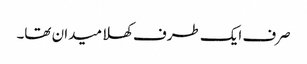
صرف ایک طرف کھلا میدان تھا۔